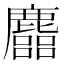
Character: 𪋦